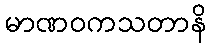
မာဏဝကသတာနိ